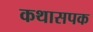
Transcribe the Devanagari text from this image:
कथासपक